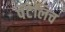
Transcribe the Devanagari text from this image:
पँटेलिच